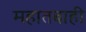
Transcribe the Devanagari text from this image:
महातबाही